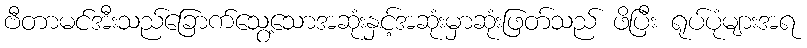
ဗီတာမင်အီးသည်ခြောက်သွေ့သောအဆုံးနှင့်အဆုံးမှာဆုံးဖြတ်သည် ဖိပြီး ရုပ်ပုံများအရ